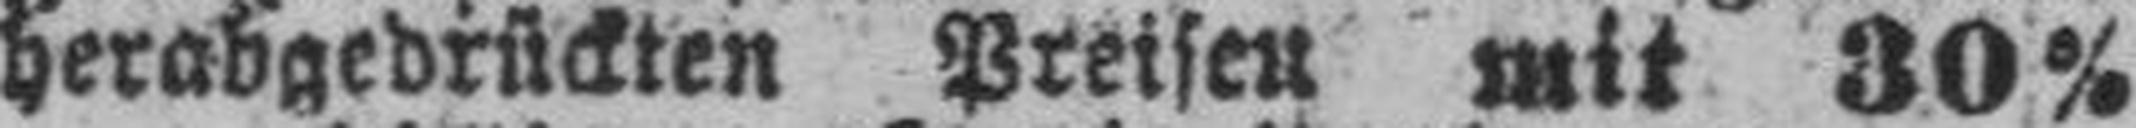
herabgedrückten Preisen mit 30%